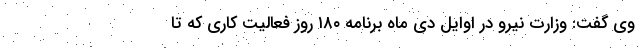
وی گفت: وزارت نیرو در اوایل دی ماه برنامه ۱۸۰ روز فعالیت کاری که تا